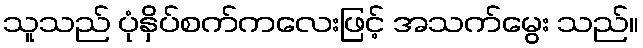
သူသည် ပုံနှိပ်စက်ကလေးဖြင့် အသက်မွေး သည်။